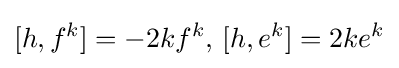
[h,f^{k}]=-2kf^{k},\,[h,e^{k}]=2ke^{k}